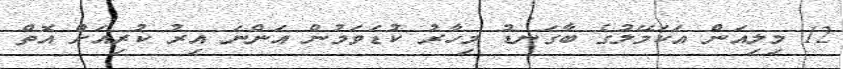
12 މިލިއަން އަކަމޭލުގެ ބާގަނޑު މިހާރު ކުޑަވަމުން އަންނަ އިރު ކުރިއަށް އޮތް